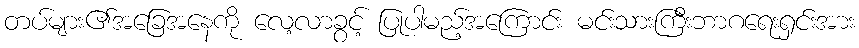
တပ်များ၏အခြေအနေကို လေ့လာခွင့် ပြုပါမည့်အကြောင်း မင်းသားကြီးဘာဂရေးရှင်းအား